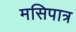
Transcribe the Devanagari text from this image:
मसिपात्र